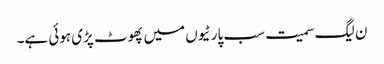
ن لیگ سمیت سب پارٹیوں میں پھوٹ پڑی ہوئی ہے۔